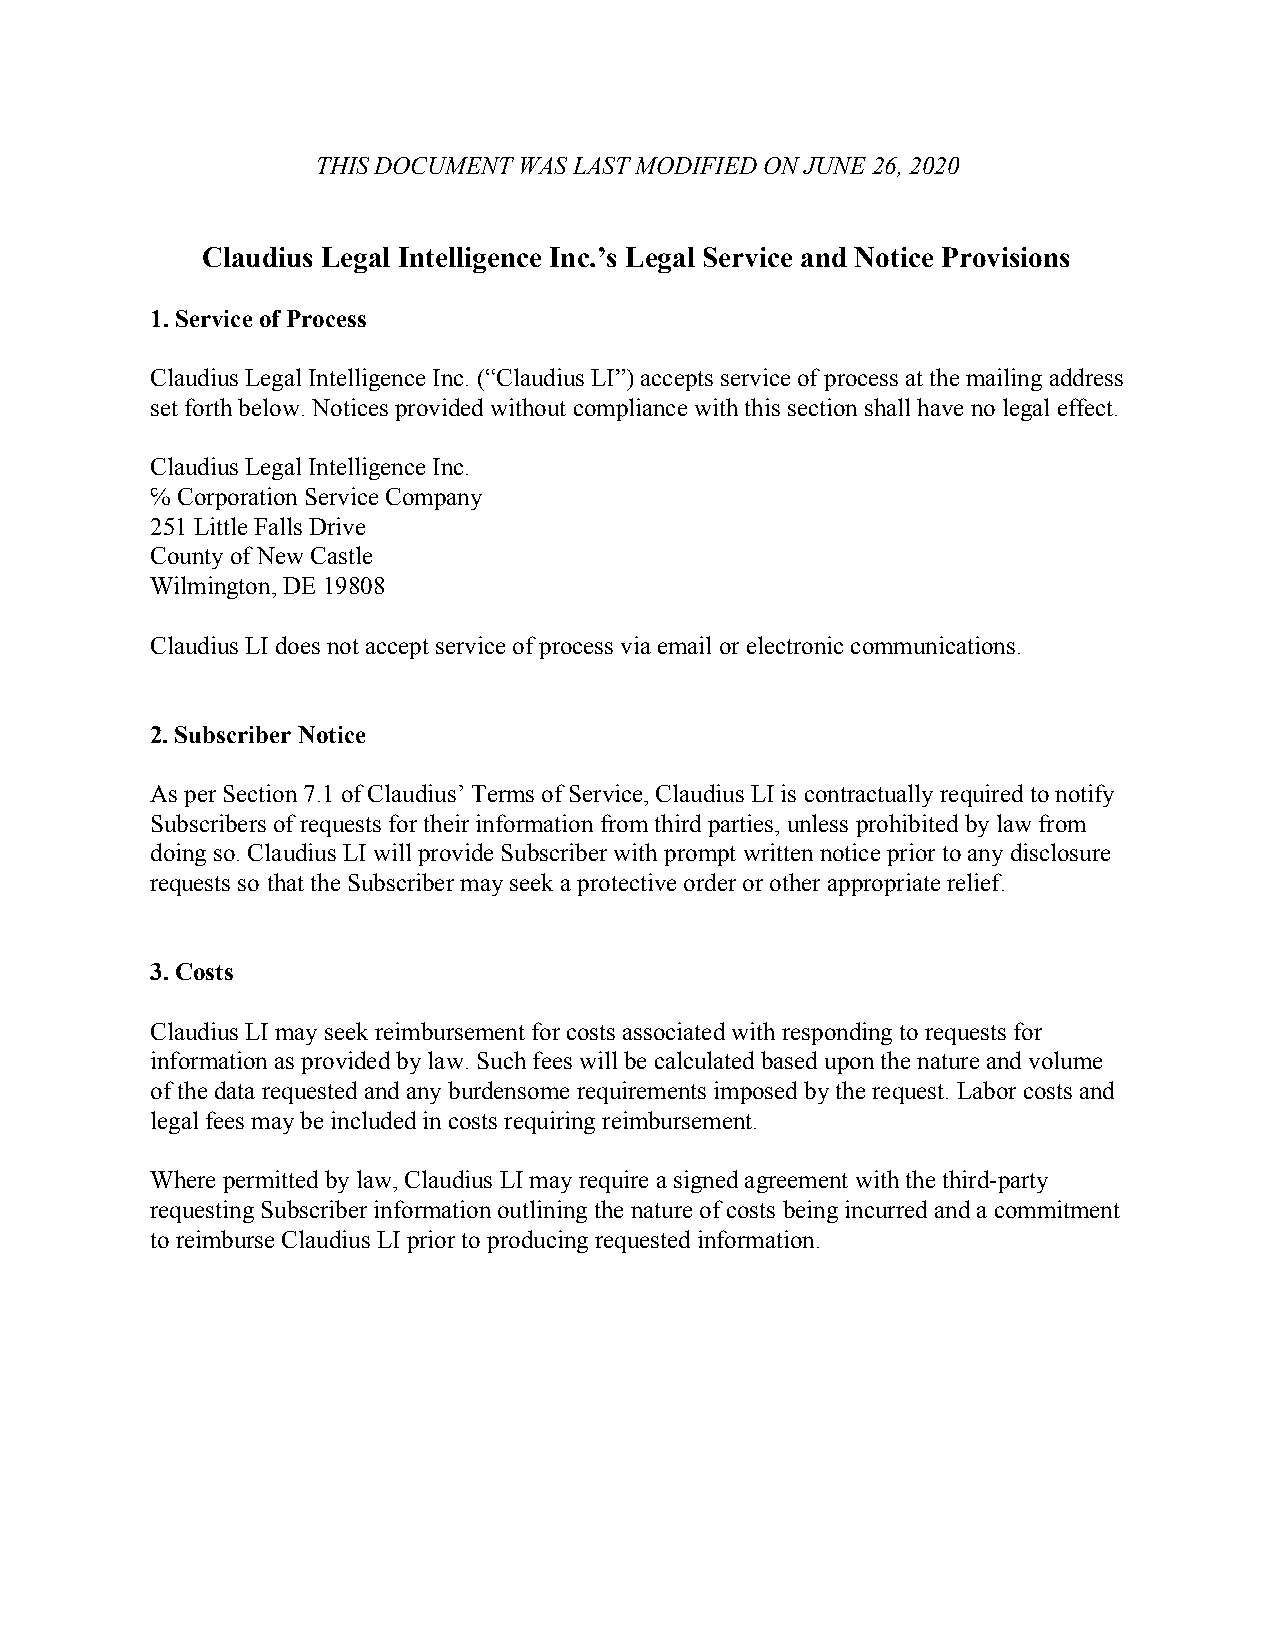
THIS DOCUMENT WAS LAST MODIFIED ON JUNE 26, 2020
 Claudius Legal Intelligence Inc.’s Legal Service and Notice Provisions
 1. Service of Process
 Claudius Legal Intelligence Inc. (“Claudius LI”) accepts service of process at the mailing address
 set forth below. Notices provided without compliance with this section shall have no legal effect.
 Claudius Legal Intelligence Inc.
 ℅ Corporation Service Company
 251 Little Falls Drive
 County of New Castle
 Wilmington, DE 19808
 Claudius LI does not accept service of process via email or electronic communications.
 2. Subscriber Notice
 As per Section 7.1 of Claudius’ Terms of Service, Claudius LI is contractually required to notify
 Subscribers of requests for their information from third parties, unless prohibited by law from
 doing so. Claudius LI will provide Subscriber with prompt written notice prior to any disclosure
 requests so that the Subscriber may seek a protective order or other appropriate relief.
 3. Costs
 Claudius LI may seek reimbursement for costs associated with responding to requests for
 information as provided by law. Such fees will be calculated based upon the nature and volume
 of the data requested and any burdensome requirements imposed by the request. Labor costs and
 legal fees may be included in costs requiring reimbursement.
 Where permitted by law, Claudius LI may require a signed agreement with the third-party
 requesting Subscriber information outlining the nature of costs being incurred and a commitment
 to reimburse Claudius LI prior to producing requested information.